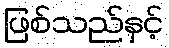
ဖြစ်သည်နှင့်